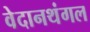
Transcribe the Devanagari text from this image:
वेदानथंगल